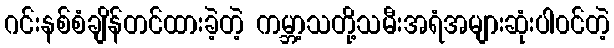
ဂင်းနစ်စံချိန်တင်ထားခဲ့တဲ့ ကမ္ဘာ့သတို့သမီးအရံအများဆုံးပါ၀င်တဲ့